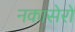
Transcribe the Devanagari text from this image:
नकासेरो